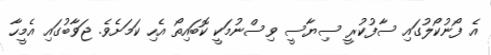
އެ ފޯނުކޯލުގައި ސާފުކުރީ ސިޔާސީ ވިސްނުމަކީ ކޮބައިތޯ އެހި ކަމަށެވެ. ޖަވާބުގައި އެމީހާ